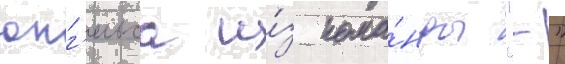
юнг'ельса и́з кома́нды "-"